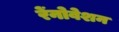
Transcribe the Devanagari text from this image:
रेंनोवेशन